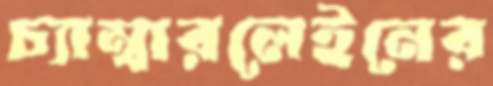
চ্যাম্বারলেইনের